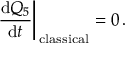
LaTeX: \left. \frac { \mathrm { d } Q _ { 5 } } { \mathrm { d } t } \right| _ { \mathrm { \, c l a s s i c a l } } = 0 \, .